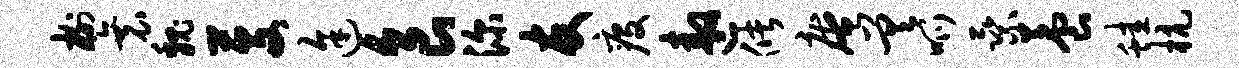
榭衰魏芟途食深友疫遨储庵差呱乘养蛙杭